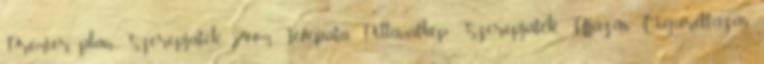
Premier plán, Szerepjáték Zoom, Tevepata, Pillanatkép, Szerepjáték, Ujjazás, Cigarettázás